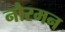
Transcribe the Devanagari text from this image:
नौरमन